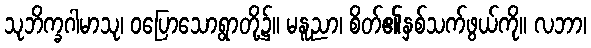
သုဘိက္ခဂါမာသု၊ ဝပြောသောရွာတို့၌။ မနူညာ၊ စိတ်၏နှစ်သက်ဖွယ်ကို။ လဘာ၊